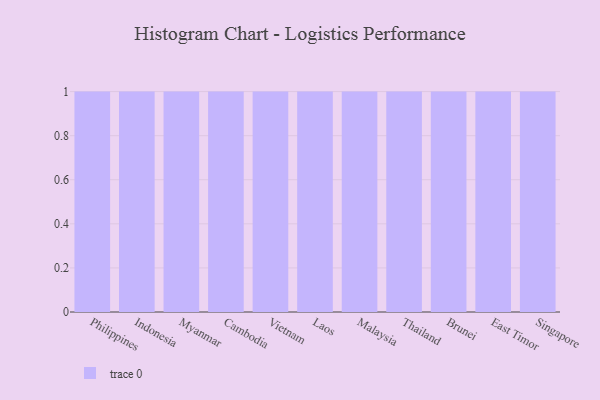
{"axis": {"x": "Country", "y": "Website Visitors"}, "legend": [""], "data": [{"x": "Philippines", "y": 21, "type": ""}, {"x": "Indonesia", "y": 99, "type": ""}, {"x": "Myanmar", "y": 83, "type": ""}, {"x": "Cambodia", "y": 53, "type": ""}, {"x": "Vietnam", "y": 82, "type": ""}, {"x": "Laos", "y": 89, "type": ""}, {"x": "Malaysia", "y": 26, "type": ""}, {"x": "Thailand", "y": 90, "type": ""}, {"x": "Brunei", "y": 34, "type": ""}, {"x": "East Timor", "y": 16, "type": ""}, {"x": "Singapore", "y": 66, "type": ""}]}